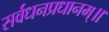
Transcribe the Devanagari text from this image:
सर्वधनप्रधानम्॥